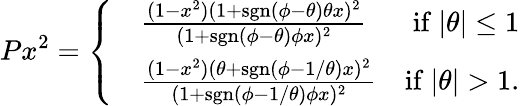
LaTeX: Px^{2}=\left\{ \begin{array}{rlr}&{\frac{(1-x^{2})(1+\mathrm{sgn}(\phi-\theta)\theta x)^{2}}{(1+\mathrm{sgn}(\phi-\theta)\phi x)^{2}}}&{\mathrm{if}~\vert\theta\vert\le 1}\\ &{\frac{(1-x^{2})(\theta+\mathrm{sgn}(\phi-1/\theta)x)^{2}}{(1+\mathrm{sgn}(\phi-1/\theta)\phi x)^{2}}}&{\mathrm{if}~\vert\theta\vert>1.}\end{array}\right.